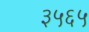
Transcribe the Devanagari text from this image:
३५६५